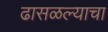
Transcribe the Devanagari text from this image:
ढासळल्याचा